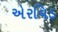
એરવિડ